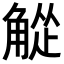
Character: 𬢘